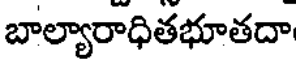
బాల్యారాధితభూతదా